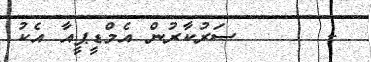
-      ސަރުކާރުން އެމްޑީޕީއާ އެކު